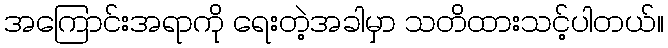
အကြောင်းအရာကို ရေးတဲ့အခါမှာ သတိထားသင့်ပါတယ်။